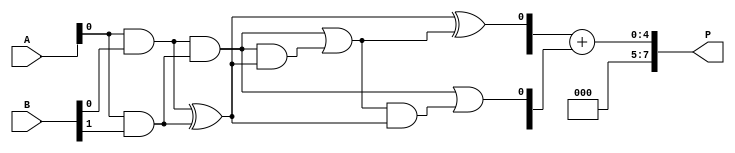
module WallaceTreeMultiplier #(
    parameter N = 4 // Width of the operands (can be adjusted for larger sizes)
)(
    input [N-1:0] A, // First operand
    input [N-1:0] B, // Second operand
    output [2*N-1:0] P // Product output, width is 2N
);
    
    // Generate partial products
    wire [N-1:0] pp [N-1:0]; // Partial products array

    genvar i;
    generate
        for (i = 0; i < N; i = i + 1) begin : PARTIAL_PRODUCT_GENERATION
            assign pp[i] = A & {N{B[i]}};
        end
    endgenerate

    // Wallace Tree Reduction using Carry-Save Adders
    wire [N-1:0] sum [N-1:0];
    wire [N-1:0] carry [N-1:0];
    
    // Initial assignment of partial products to the first layer
    assign sum[0] = pp[0];
    assign carry[0] = 0;

    // Reduce partial products using CSAs
    genvar j, k;
    generate
        for (j = 0; j < N; j = j + 1) begin : WALLACE_TREE_REDUCTION
            for (k = 0; k < (N-1)/2; k = k + 1) begin : CSA
                if (2*k < N) begin
                    wire [N-1:0] temp_sum, temp_carry;
                    assign temp_sum = pp[2*k] ^ pp[2*k + 1];
                    assign temp_carry = pp[2*k] & pp[2*k + 1];
                    assign sum[j+1][k] = temp_sum ^ carry[j][k];
                    assign carry[j+1][k] = temp_carry | (carry[j][k] & temp_sum);
                end
            end
        end
    endgenerate

    // Final carry-propagate addition
    wire [2*N-1:0] final_sum;
    wire [2*N-1:0] final_carry;

    assign final_sum = {1'b0, sum[N-1]} + {1'b0, carry[N-1]};

    // Assign the final product
    assign P = final_sum; // The final product

endmodule